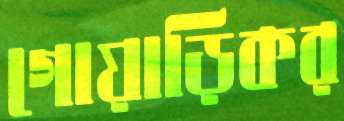
গোয়াড়িকর